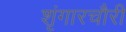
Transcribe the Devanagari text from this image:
शृंगारचौरी